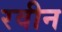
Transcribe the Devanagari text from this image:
रवीन